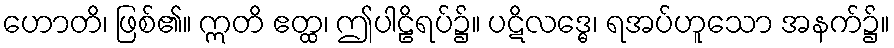
ဟောတိ၊ ဖြစ်၏။ ဣတိ ဧတ္ထ၊ ဤပါဠိရပ်၌။ ပဋိလဒ္ဓေ၊ ရအပ်ဟူသော အနက်၌။